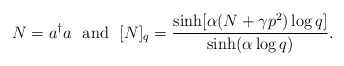
\begin{align*}N=a^\dagger a~~{\rm and}~~[N]_q=\frac{\sinh[\alpha (N + \gamma p^2)\log q]}{\sinh(\alpha\log q)} . \end{align*}